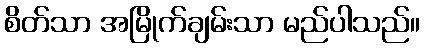
စိတ်သာ အမြိုက်ချမ်းသာ မည်ပါသည်။